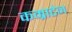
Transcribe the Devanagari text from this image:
कम्राटेन